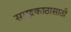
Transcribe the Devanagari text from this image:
समुद्रकाठासाठी